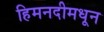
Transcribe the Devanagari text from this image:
हिमनदीमधून